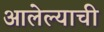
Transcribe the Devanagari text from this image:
आलेल्याची